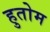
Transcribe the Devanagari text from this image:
हुतोम